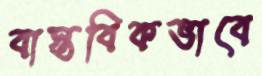
বাস্তবিকভাবে